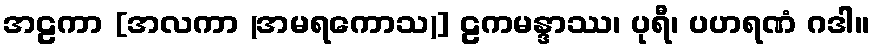
အဠကာ [အလကာ (အမရကောသ)] ဠကမန္ဒာဿ၊ ပုရီ၊ ပဟရဏံ ဂဒါ။